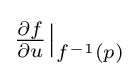
\textstyle {\frac {\partial f}{\partial u}}{\big |}_{f^{-1}(p)}